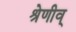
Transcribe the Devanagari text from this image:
श्रेणीव्